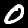
Digit: 0